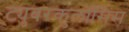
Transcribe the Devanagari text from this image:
ट्युबरकुलॉसिस